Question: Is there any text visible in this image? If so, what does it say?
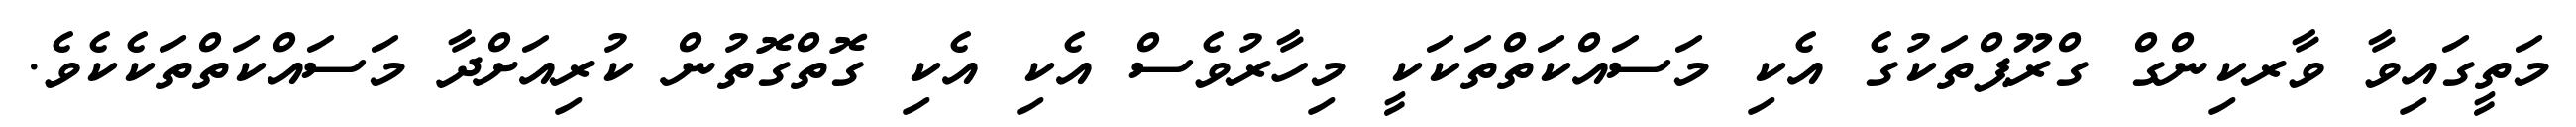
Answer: މަތީގައިވާ ވާރކިންގް ގްރޫޕްތަކުގެ އެކި މަސައްކަތްތަކަކީ މިހާރުވެސް އެކި އެކި ގޮތްގޮތުން ކުރިއަށްދާ މަސައްކަތްތަކެކެވެ.